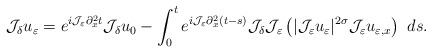
\begin{align*} \mathcal{J}_{\delta}u_{\varepsilon} =e^{i\mathcal{J}_{\varepsilon}\partial_{x}^{2}t}\mathcal{J}_{\delta}u_{0} -\int_{0}^{t}e^{i\mathcal{J}_{\varepsilon}\partial_{x}^{2}(t-s)}\mathcal{J}_{\delta} \mathcal{J}_{\varepsilon}\left(|\mathcal{J}_{\varepsilon}u_{\varepsilon}|^{2\sigma} \mathcal{J}_{\varepsilon}u_{\varepsilon,x}\right)\ ds.\end{align*}